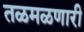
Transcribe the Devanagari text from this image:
तळमळणारी